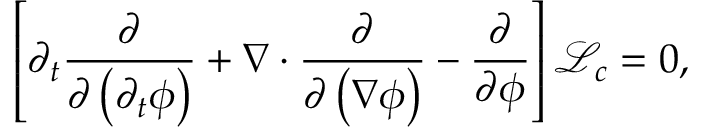
\left[ \partial _ { t } \frac { \partial } { \partial \left( \partial _ { t } \phi \right) } + \boldsymbol { \nabla } \cdot \frac { \partial } { \partial \left( \boldsymbol { \nabla } \phi \right) } - \frac { \partial } { \partial \phi } \right] \mathcal { L } _ { c } = 0 ,